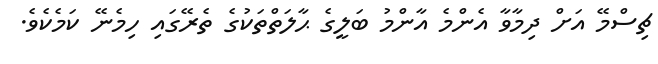
ޗިސްމޭ އަށް ދިމާވާ އެންމެ އާންމު ބަލީގެ ޙާލަތްތަކުގެ ތެރޭގައި ހިމެނޭ ކަމެކެވެ.